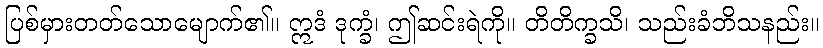
ပြစ်မှားတတ်သောမျောက်၏။ ဣဒံ ဒုက္ခံ၊ ဤဆင်းရဲကို။ တိတိက္ခသိ၊ သည်းခံဘိသနည်း။